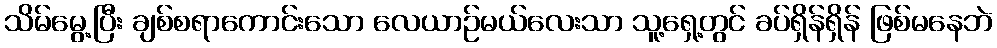
သိမ်မွေ့ပြီး ချစ်စရာကောင်းသော လေယာဉ်မယ်လေးသာ သူ့ရှေ့တွင် ခပ်ရှိန်ရှိန် ဖြစ်မနေဘဲ